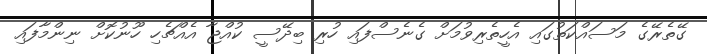
ގޭތެރޭގެ މަސައްކަތުގައި އެހީތެރިވުމަށް ގެނެސްފައި ހުރި ބިދޭސީ ކުއްޖާ އެއްޗެހި ހޫނުކޮށް ނިންމާފައި